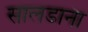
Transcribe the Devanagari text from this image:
सालडाना